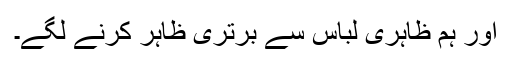
اور ہم ظاہری لباس سے برتری ظاہر کرنے لگے۔